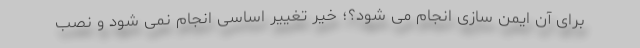
برای آن ایمن سازی انجام می شود؟؛ خیر تغییر اساسی انجام نمی شود و نصب